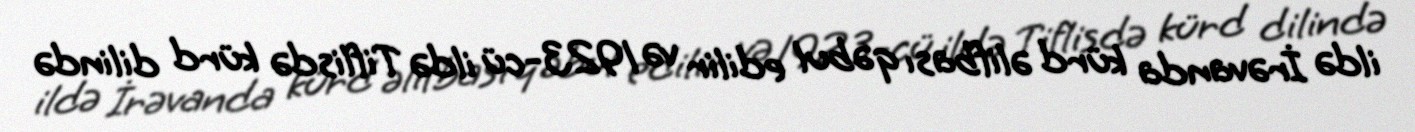
ildə İrəvanda kürd əlifbası qəbul edilir və 1923-cü ildə Tiflisdə kürd dilində